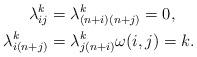
LaTeX: \begin{align*}\lambda_{ij}^{k}&=\lambda_{(n+i)(n+j)}^{k}=0, \\ \lambda_{i(n+j)}^{k}&=\lambda_{j(n+i)}^{k}\omega(i,j)=k.\end{align*}